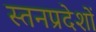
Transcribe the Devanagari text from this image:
स्तनप्रदेशों